Civil Veterinary Dept. Bombay admin report 1923-31 - 1923-1931
Year: 1923
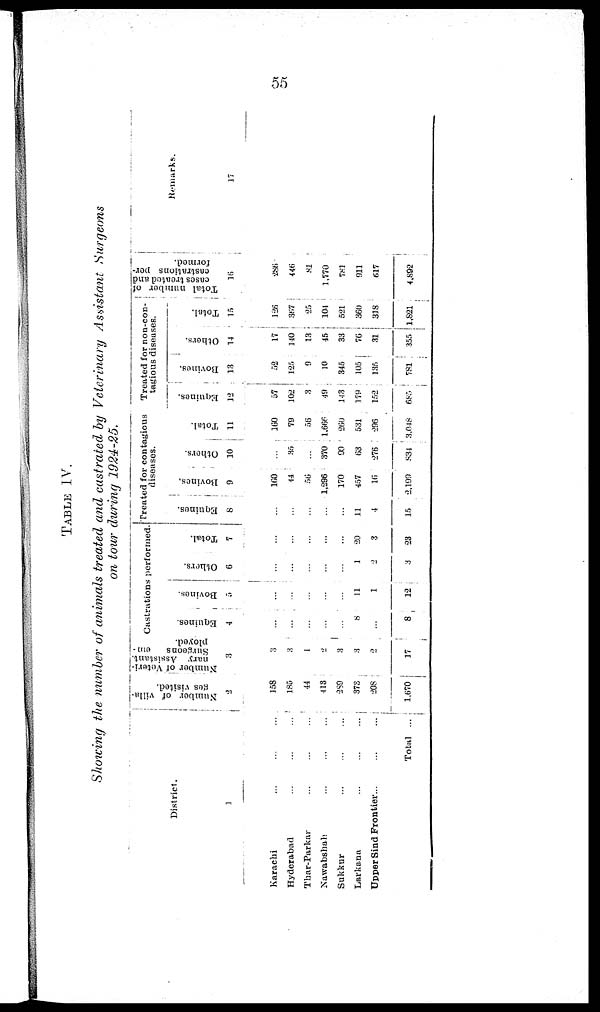
55
TABLE IV.
Showing the number of animals treated and castrated by Veterinary Assistant Surgeons
on tour during 1924-25.
District.
1
Karachi ... ... ...
Hyderabad ... ... ...
Thar-Parkar ... ... ...
Nawabshah ... ... ...
Sukkur ... ... ...
Larkana ... ... ...
Upper Sind Frontier... ... ...
Total ...
Number of villa-
ges visited.
2
158
185
44
413
289
373
208
1,670
Number of Veteri-
nary Assistant.
Surgeons
em-
ployed.
3
3
3
1
2
3
3
17
Castrations performed.
Equines.
4
...
...
...
...
...
8
...
8
Bovines.
5
...
...
...
...
...
11
1
12
Others.
6
...
...
...
...
...
1
2
3
Total.
7
...
...
...
...
...
20
3
23
Treated for contagious
diseases.
Equines.
8
...
...
...
...
...
11
4
15
Bovines,
9
160
44
56
1,296
170
457
16
2,199
Others.
10
...
35
...
370
90
63
276
834
Total.
11
160
79
56
1,666
260
531
296
3,048
Treated for non-con-
tagious diseases.
Equines.
12
57
102
3
19
143
179
152
685
Bovines.
13
52
125
9
10
345
105
135
781
Others.
14
17
140
13
45
33
76
31
355
Total.
15
126
367
25
104
521
360
318
1,821
Total number of
cases treated and
castrations per-
formed.
16
286
446
81
1,770
781
911
617
4,892
Remarks.
17